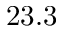
2 3 . 3